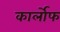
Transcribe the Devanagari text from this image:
कार्लोफ